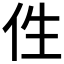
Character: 𠇷